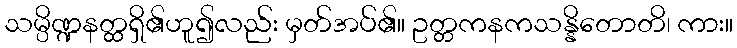
သမ္ပိဏ္ဍနတ္ထရှိ၏ဟူ၍လည်း မှတ်အပ်၏။ ဥတ္တကနကသန္နိတောတိ၊ ကား။